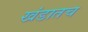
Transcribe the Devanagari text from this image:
खंडातच